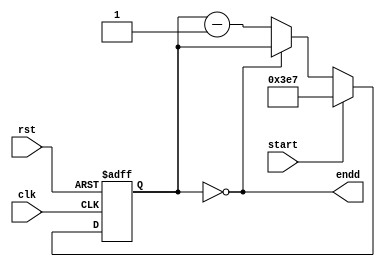
`timescale 1ns / 1ps

module counter(
    input rst,
    input clk,
    input start,
    output endd);
    
    reg [9:0] cnt;
    
    assign endd = (cnt==0);
    
    always @(posedge clk, negedge rst)
    begin
        if (~rst)
        begin
            cnt <= 0;
        end
        else
        begin
            if (start)
                cnt <= 999;  // need to check this number
            else if (~endd)
                cnt <= cnt-1;
        end
    end // always
endmodule